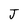
Character: J